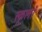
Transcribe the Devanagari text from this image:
स्कूलॉ